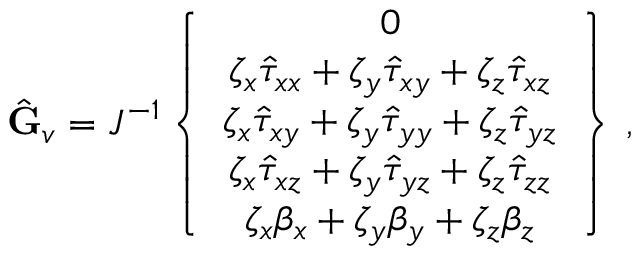
\hat { \mathbf { G } } _ { v } = J ^ { - 1 } \left\{ \begin{array} { c } { 0 } \\ { \zeta _ { x } \hat { \tau } _ { x x } + \zeta _ { y } \hat { \tau } _ { x y } + \zeta _ { z } \hat { \tau } _ { x z } } \\ { \zeta _ { x } \hat { \tau } _ { x y } + \zeta _ { y } \hat { \tau } _ { y y } + \zeta _ { z } \hat { \tau } _ { y z } } \\ { \zeta _ { x } \hat { \tau } _ { x z } + \zeta _ { y } \hat { \tau } _ { y z } + \zeta _ { z } \hat { \tau } _ { z z } } \\ { \zeta _ { x } { \beta } _ { x } + \zeta _ { y } { \beta } _ { y } + \zeta _ { z } { \beta } _ { z } } \end{array} \right\} \, \mathrm { , }